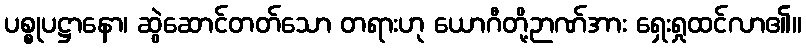
ပစ္စုပဋ္ဌာနော၊ ဆွဲဆောင်တတ်သော တရားဟု ယောဂီတို့ဉာဏ်အား ရှေးရှုထင်လာ၏။